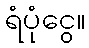
ရံပုံငွေ။